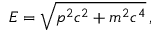
E = \sqrt { p ^ { 2 } c ^ { 2 } + m ^ { 2 } c ^ { 4 } } \, ,